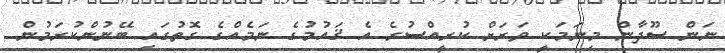
ނަން ސޫދާން މިނަމަކީ ވަރަށް ކުރީއްސުރެ އެ ޤައުމުގެ ނަމެއްގެ ގޮތުގައި ބޭނުންކުރަމުން